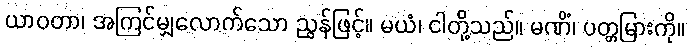
ယာဝတာ၊ အကြင်မျှလောက်သော ညွန်ဖြင့်။ မယံ၊ ငါတို့သည်။ မဏိံ၊ ပတ္တမြားကို။